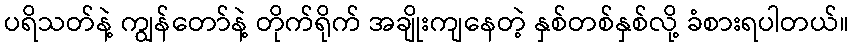
ပရိသတ်နဲ့ ကျွန်တော်နဲ့ တိုက်ရိုက် အချိုးကျနေတဲ့ နှစ်တစ်နှစ်လို့ ခံစားရပါတယ်။